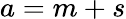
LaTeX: a=m+s